Annual administration report of the Civil Veterinary Department of India - 1898-1899
Year: 1898
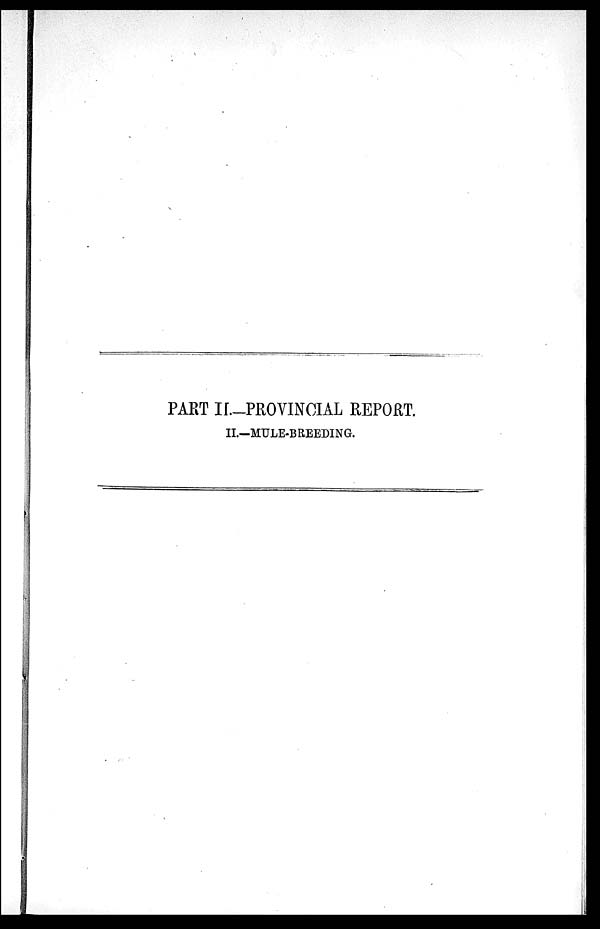
PART II.—PROVINCIAL REPORT.
II.—MULE-BREEDING.